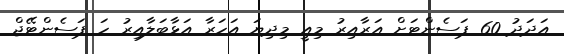
އަދަދު 60 ޕަސެންޓަށް އަރާއިރު މިއީ މިދިޔަ އަހަރާ އަޅާބަލާއިރު ހަ ޕަސެންޓޭޖް